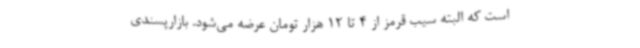
است که البته سیب قرمز از 4 تا 12 هزار تومان عرضه می‌شود. بازارپسندی